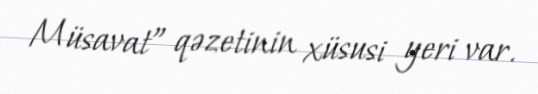
Müsavat” qəzetinin xüsusi yeri var.